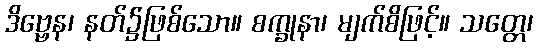
ဒိဗ္ဗေန၊ နတ်၌ဖြစ်သော။ စက္ခုနာ၊ မျက်စိဖြင့်။ သတ္တေ၊